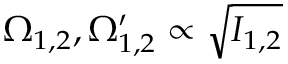
\Omega _ { 1 , 2 } , \Omega _ { 1 , 2 } ^ { \prime } \propto \sqrt { I _ { 1 , 2 } }